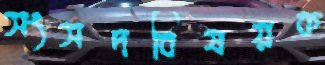
সংসদবিষয়ক